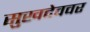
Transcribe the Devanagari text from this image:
सुखदेववर